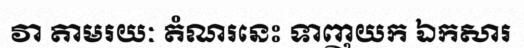
វា តាមរយៈ តំណរនេះ ទាញយក ឯកសារ